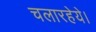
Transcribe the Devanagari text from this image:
चलारहेये।